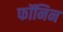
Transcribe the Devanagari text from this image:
फॉनिन